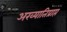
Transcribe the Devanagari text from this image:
अख्यातिप्राप्त